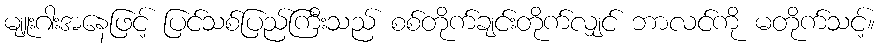
မျူးဂါးအနေဖြင့် ပြင်သစ်ပြည်ကြီးသည် စစ်တိုက်ချင်းတိုက်လျှင် ဘာလင်ကို မတိုက်သင့်။